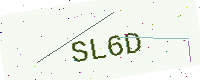
Text: SL6D